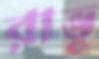
রাভু